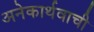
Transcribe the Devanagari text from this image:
अनेकार्थवाची